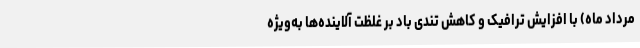
مرداد ماه) با افزایش ترافیک و کاهش تندی باد بر غلظت آلاینده‌ها به‌ویژه